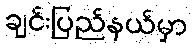
ချင်းပြည်နယ်မှာ